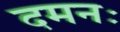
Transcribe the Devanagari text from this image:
दमनः